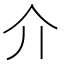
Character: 介